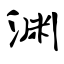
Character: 渊